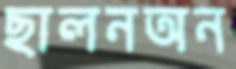
ছালনঅন